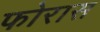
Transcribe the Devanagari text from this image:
फोरास